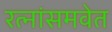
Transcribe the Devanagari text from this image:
रत्नांसमवेत